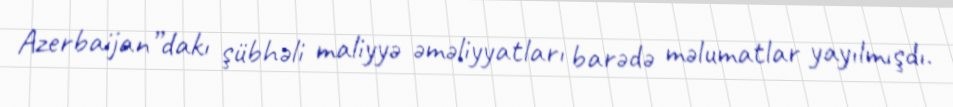
Azerbaijan”dakı şübhəli maliyyə əməliyyatları barədə məlumatlar yayılmışdı.